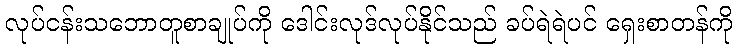
လုပ်ငန်းသဘောတူစာချုပ်ကို ဒေါင်းလုဒ်လုပ်နိုင်သည် ခပ်ရဲရဲပင် ရှေးစာတန်ကို